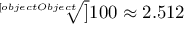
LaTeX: { \sqrt [ [object Object] ] { 1 0 0 } } \approx 2 . 5 1 2